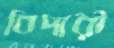
বিদারী